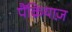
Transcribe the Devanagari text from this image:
पैंक्रियाज़